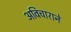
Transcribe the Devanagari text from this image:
अविचाराने